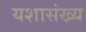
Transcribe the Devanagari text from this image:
यशासंख्य